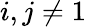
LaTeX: i,j\neq 1